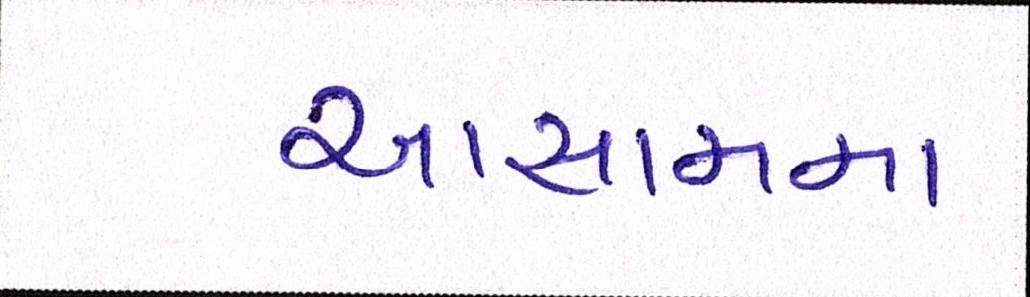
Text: આસામમા